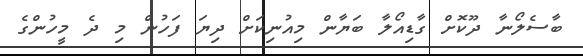
ބާސެލޯނާ ދޫކޮށް ގާޑިއޯލާ ބަޔާން މިއުނިކަށް ދިޔަ ފަހުން މި ދެ މީހުންގެ